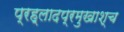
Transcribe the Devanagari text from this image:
प्रह्लादप्रमुखाश्च